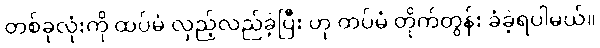
တစ်ခုလုံးကို ထပ်မံ လှည့်လည်ခဲ့ပြီး ဟု ထပ်မံ တိုက်တွန်း ခံခဲ့ရပါမယ်။